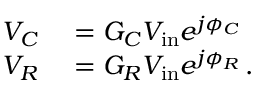
\begin{array} { r l } { V _ { C } } & { { } = G _ { C } V _ { \mathrm { i n } } e ^ { j \phi _ { C } } } \\ { V _ { R } } & { { } = G _ { R } V _ { \mathrm { i n } } e ^ { j \phi _ { R } } \, . } \end{array}